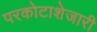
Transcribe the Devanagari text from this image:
परकोटाशेजारी